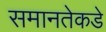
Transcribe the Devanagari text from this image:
समानतेकडे